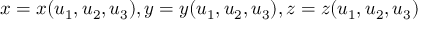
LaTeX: x = x ( u _ { 1 } , u _ { 2 } , u _ { 3 } ) , y = y ( u _ { 1 } , u _ { 2 } , u _ { 3 } ) , z = z ( u _ { 1 } , u _ { 2 } , u _ { 3 } )